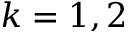
k = 1 , 2